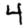
Digit: 4